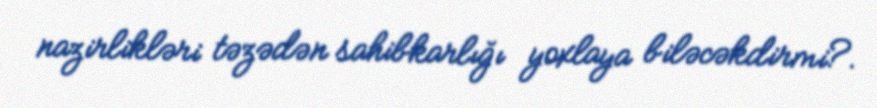
nazirlikləri təzədən sahibkarlığı yoxlaya biləcəkdirmi?.